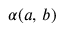
\alpha ( a , \, b )